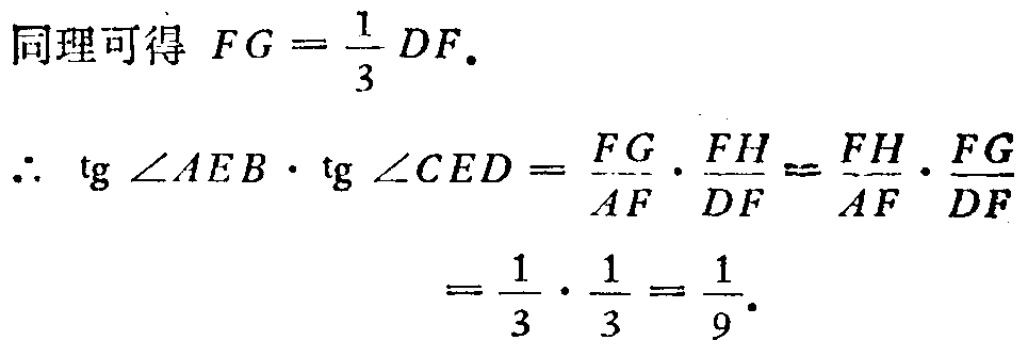
同理可得 \(FG = \frac{1}{3}DF\).
\[\begin{align*}
\therefore \ \mathrm{tg}\angle AEB\cdot\mathrm{tg}\angle CED&=\frac{FG}{AF}\cdot\frac{FH}{DF}=\frac{FH}{AF}\cdot\frac{FG}{DF}\\
&=\frac{1}{3}\cdot\frac{1}{3}=\frac{1}{9}.
\end{align*}\]